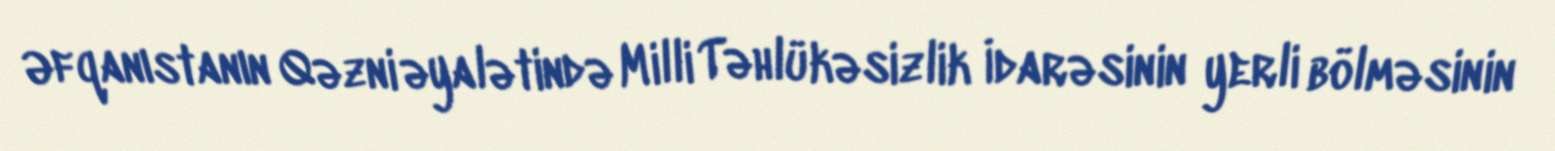
Əfqanıstanın Qəzni əyalətində Milli Təhlükəsizlik İdarəsinin yerli bölməsinin